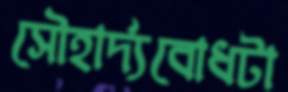
সৌহার্দ্যবোধটা